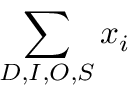
\sum _ { D , I , O , S } x _ { i }